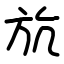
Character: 斻